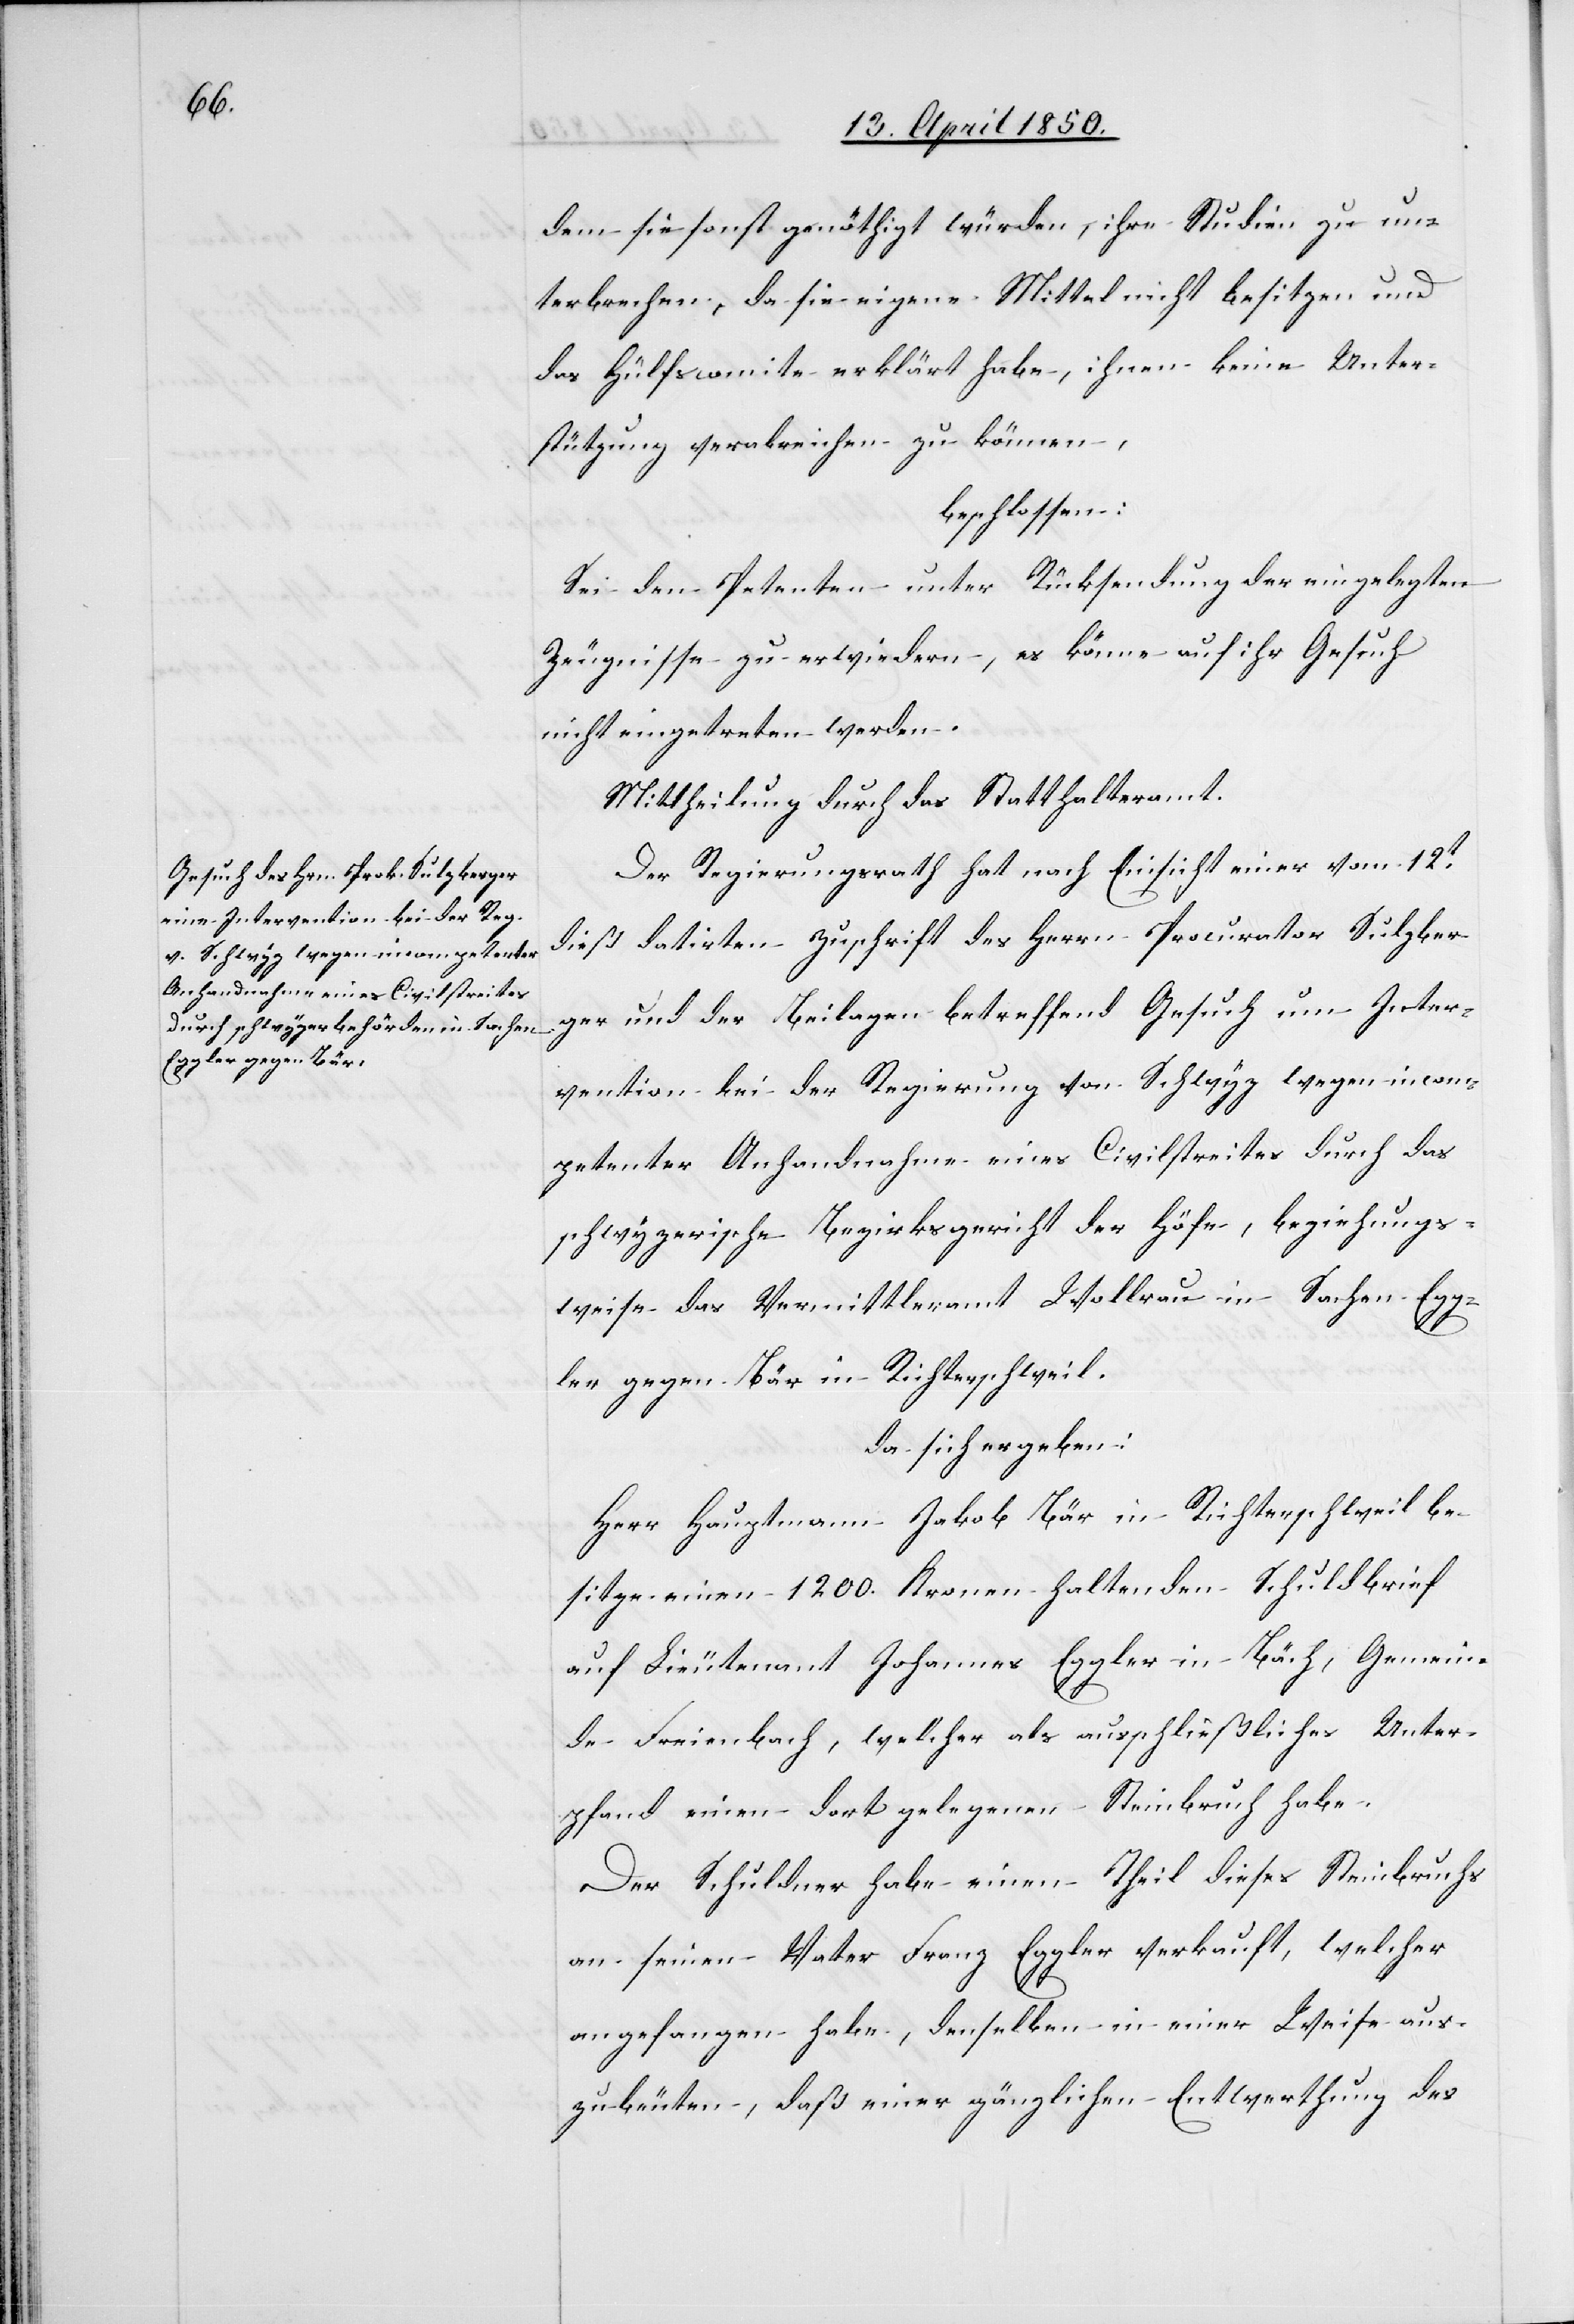
dem sie sonst genöthigt würden, ihre Studien zu un¬
terbrechen, da sie eigene Mittel nicht besitzen und
das Hülfscomite erklärt habe, ihnen keine Unter¬
stützung verabreichen zu können,
beschlossen:
Sei den Petenten unter Rücksendung der eingelegten
Zeugnisse zu erwiedern, es könne auf ihr Gesuch
nicht eingetreten werden.
Mittheilung durch das Statthalteramt.
Der Regierungsrath hat nach Einsicht einer vom 12t
dieß datirten Zuschrift des Herrn Procurator Sulzber¬
ger und der Beilagen betreffend Gesuch um Inter¬
vention bei der Regierung von Schwyz wegen incom¬
petenter Anhandnahme eines Civilstreites durch das
schwyzerische Bezirksgericht der Höfe, beziehungs¬
weise das Vermittleramt Wollerau in Sachen Egg¬
ler gegen Bär in Richterschweil,
da sich ergeben:
Herr Hauptmann Jakob Bär in Richterschweil be¬
sitze einen 1200. Kronen haltenden Schuldbrief
auf Lieutenant Johannes Eggler in Bäch, Gemein¬
de Freienbach, welcher als ausschließliches Unter¬
pfand einen dort gelegenen Steinbruch habe.
Der Schuldner habe einen Theil dieses Steinbruchs
an seinen Vater Franz Eggler verkauft, welcher
angefangen habe, denselben in einer Weise aus¬
zubeuten, daß einer gänzlichen Entwerthung des